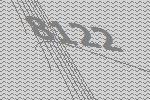
8122